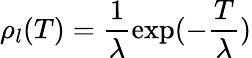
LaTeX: \rho_{l}(T)=\frac{1}{\lambda}\exp(-\frac{T}{\lambda})